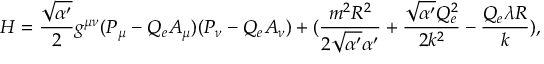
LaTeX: H = \frac { \sqrt { \alpha ^ { \prime } } } { 2 } g ^ { \mu \nu } ( P _ { \mu } - Q _ { e } A _ { \mu } ) ( P _ { \nu } - Q _ { e } A _ { \nu } ) + ( \frac { m ^ { 2 } R ^ { 2 } } { 2 \sqrt { \alpha ^ { \prime } } \alpha ^ { \prime } } + \frac { \sqrt { \alpha ^ { \prime } } Q _ { e } ^ { 2 } } { 2 k ^ { 2 } } - \frac { Q _ { e } \lambda R } { k } ) ,